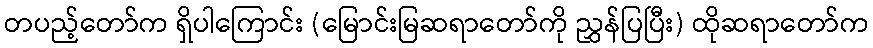
တပည့်တော်က ရှိပါကြောင်း (မြောင်းမြဆရာတော်ကို ညွှန်ပြပြီး) ထိုဆရာတော်က